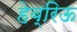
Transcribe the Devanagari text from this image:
हेब्रिऊ